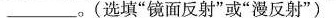
___。(选填“镜面反射”或“漫反射”）